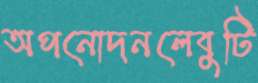
অপনোদনলেবুটি